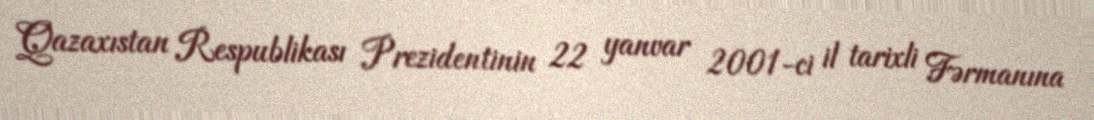
Qazaxıstan Respublikası Prezidentinin 22 yanvar 2001-ci il tarixli Fərmanına